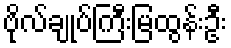
ဗိုလ်ချုပ်ကြီးမြထွန်းဦး